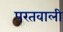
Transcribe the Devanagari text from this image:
परतवाली